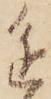
進